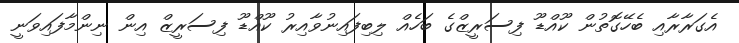
އެގަރާރާއި ބެހޭގޮތުން ކޫއްޑޫ ފިސަރީޒްގެ ބަހެއް ލިބިފައިނުވާއިރު ކޫއްޑޫ ފިސަރީޒް އިން ނިންމާފައިވަނީ